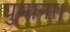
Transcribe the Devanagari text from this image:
घुमाना।